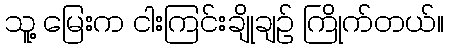
သူ့ မြေးက ငါးကြင်းချိုချဉ် ကြိုက်တယ်။